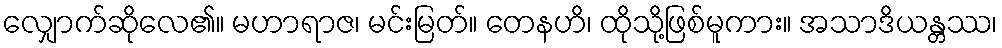
လျှောက်ဆိုလေ၏။ မဟာရာဇ၊ မင်းမြတ်။ တေနဟိ၊ ထိုသို့ဖြစ်မူကား။ အသာဒိယန္တဿ၊